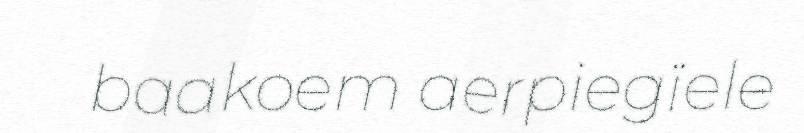
baakoem aerpiegïele